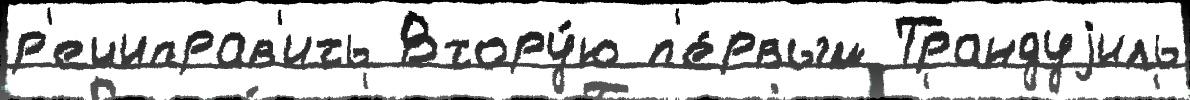
р'ечиправ'ить Втору́ю п'е́рвым Трандуjиль